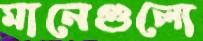
মানেগুলো